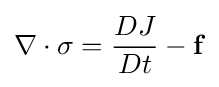
\nabla \cdot \sigma ={\frac {DJ}{Dt}}-\mathbf {f}